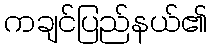
ကချင်ပြည်နယ်၏